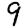
Digit: 9